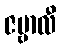
ဇမ္ဗာလီ